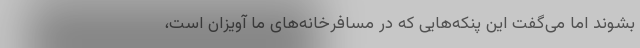
بشوند اما می‌گفت این پنکه‌هایی که در مسافرخانه‌های ما آویزان است،